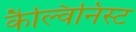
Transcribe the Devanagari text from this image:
कैल्विनिस्ट